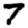
Digit: 7